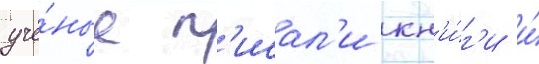
учё́ные п'исал'и кн'и́г'и и́